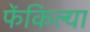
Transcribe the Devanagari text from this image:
फेंकिल्या